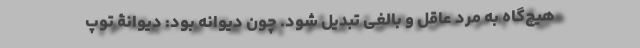
هیچ‌گاه به مرد عاقل و بالغی تبدیل شود. چون دیوانه بود: دیوانۀ توپ